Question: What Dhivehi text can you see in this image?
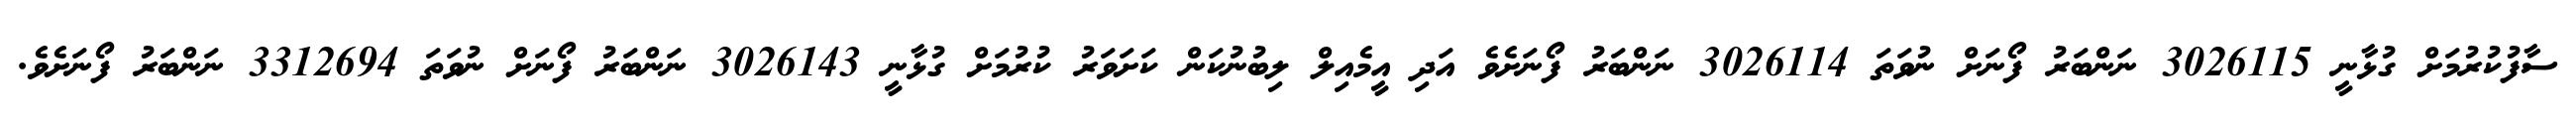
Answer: ސާފުކުރުމަށް ގުޅާނީ 3026115 ނަންބަރު ފޯނަށް ނުވަތަ 3026114 ނަންބަރު ފޯނަށެވެ އަދި އީމެއިލް ލިބުނުކަން ކަށަވަރު ކުރުމަށް ގުޅާނީ 3026143 ނަންބަރު ފޯނަށް ނުވަތަ 3312694 ނަންބަރު ފޯނަށެވެ.